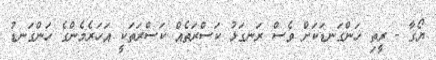
ޔޯގާ - ރީތި ހަންގަނޑަކަށް ވެސް ރަނގަޅު ކަސްރަތެއް ކަސްރަތަކީ އަހަރެމެންގެ ހަންގަނޑު